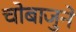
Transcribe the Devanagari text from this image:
चाेबाजुने